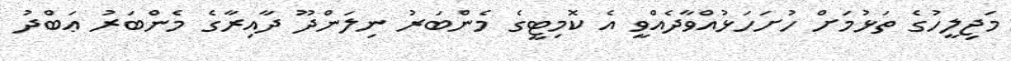
މަޖިލީހުގެ ތަޅުމަށް ހުށަހަޅުއްވާދެއްވީ އެ ކޮމިޓީގެ މެންބަރު ނިލަންދޫ ދާއިރާގެ މެންބަރު ޢަބްދު